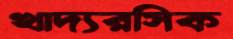
খাদ্যরসিক